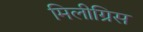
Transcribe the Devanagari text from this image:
मिलीग्रिस